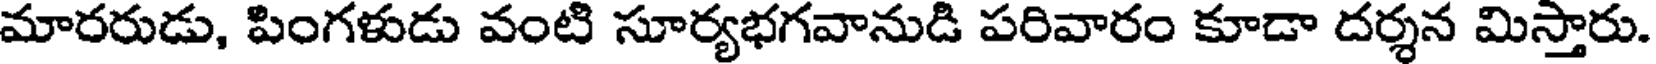
మారరుడు, పింగళుడు వంటి సూర్యభగవానుడి పరివారం కూడా దర్శన మిస్తారు.